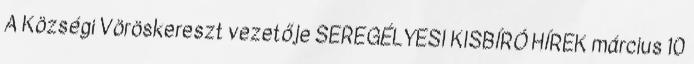
A Községi Vöröskereszt vezetője SEREGÉLYESI KISBÍRÓ HÍREK március 10